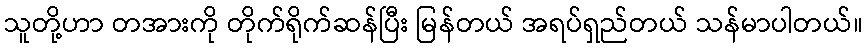
သူတို့ဟာ တအားကို တိုက်ရိုက်ဆန်ပြီး မြန်တယ် အရပ်ရှည်တယ် သန်မာပါတယ်။